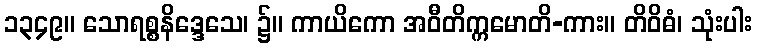
၁၃၄၉။ သောရစ္စနိဒ္ဒေသေ၊ ၌။ ကာယိကော အဝီတိက္ကမောတိ-ကား။ တိဝိဓံ၊ သုံးပါး